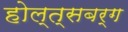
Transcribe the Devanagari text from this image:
होल्त्सबर्ग